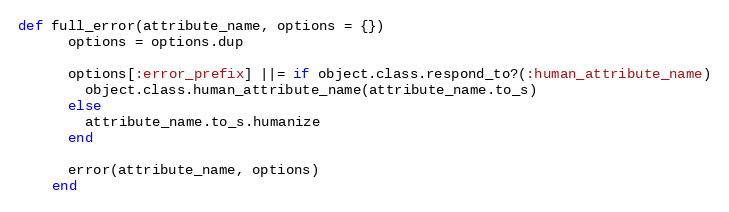
Language: Ruby
def full_error(attribute_name, options = {})
      options = options.dup

      options[:error_prefix] ||= if object.class.respond_to?(:human_attribute_name)
        object.class.human_attribute_name(attribute_name.to_s)
      else
        attribute_name.to_s.humanize
      end

      error(attribute_name, options)
    end